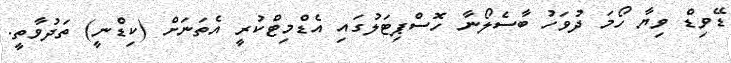
ޑޭވިޑް ވިޔާ ހޯމަ ދުވަހު ބާސެލޯނާ ހޮސްޕިޓަލުގައި އެޑްމިޓްކުރީ އެތަނަށް (ކިޑްނީ) ތަދުވާތީ.